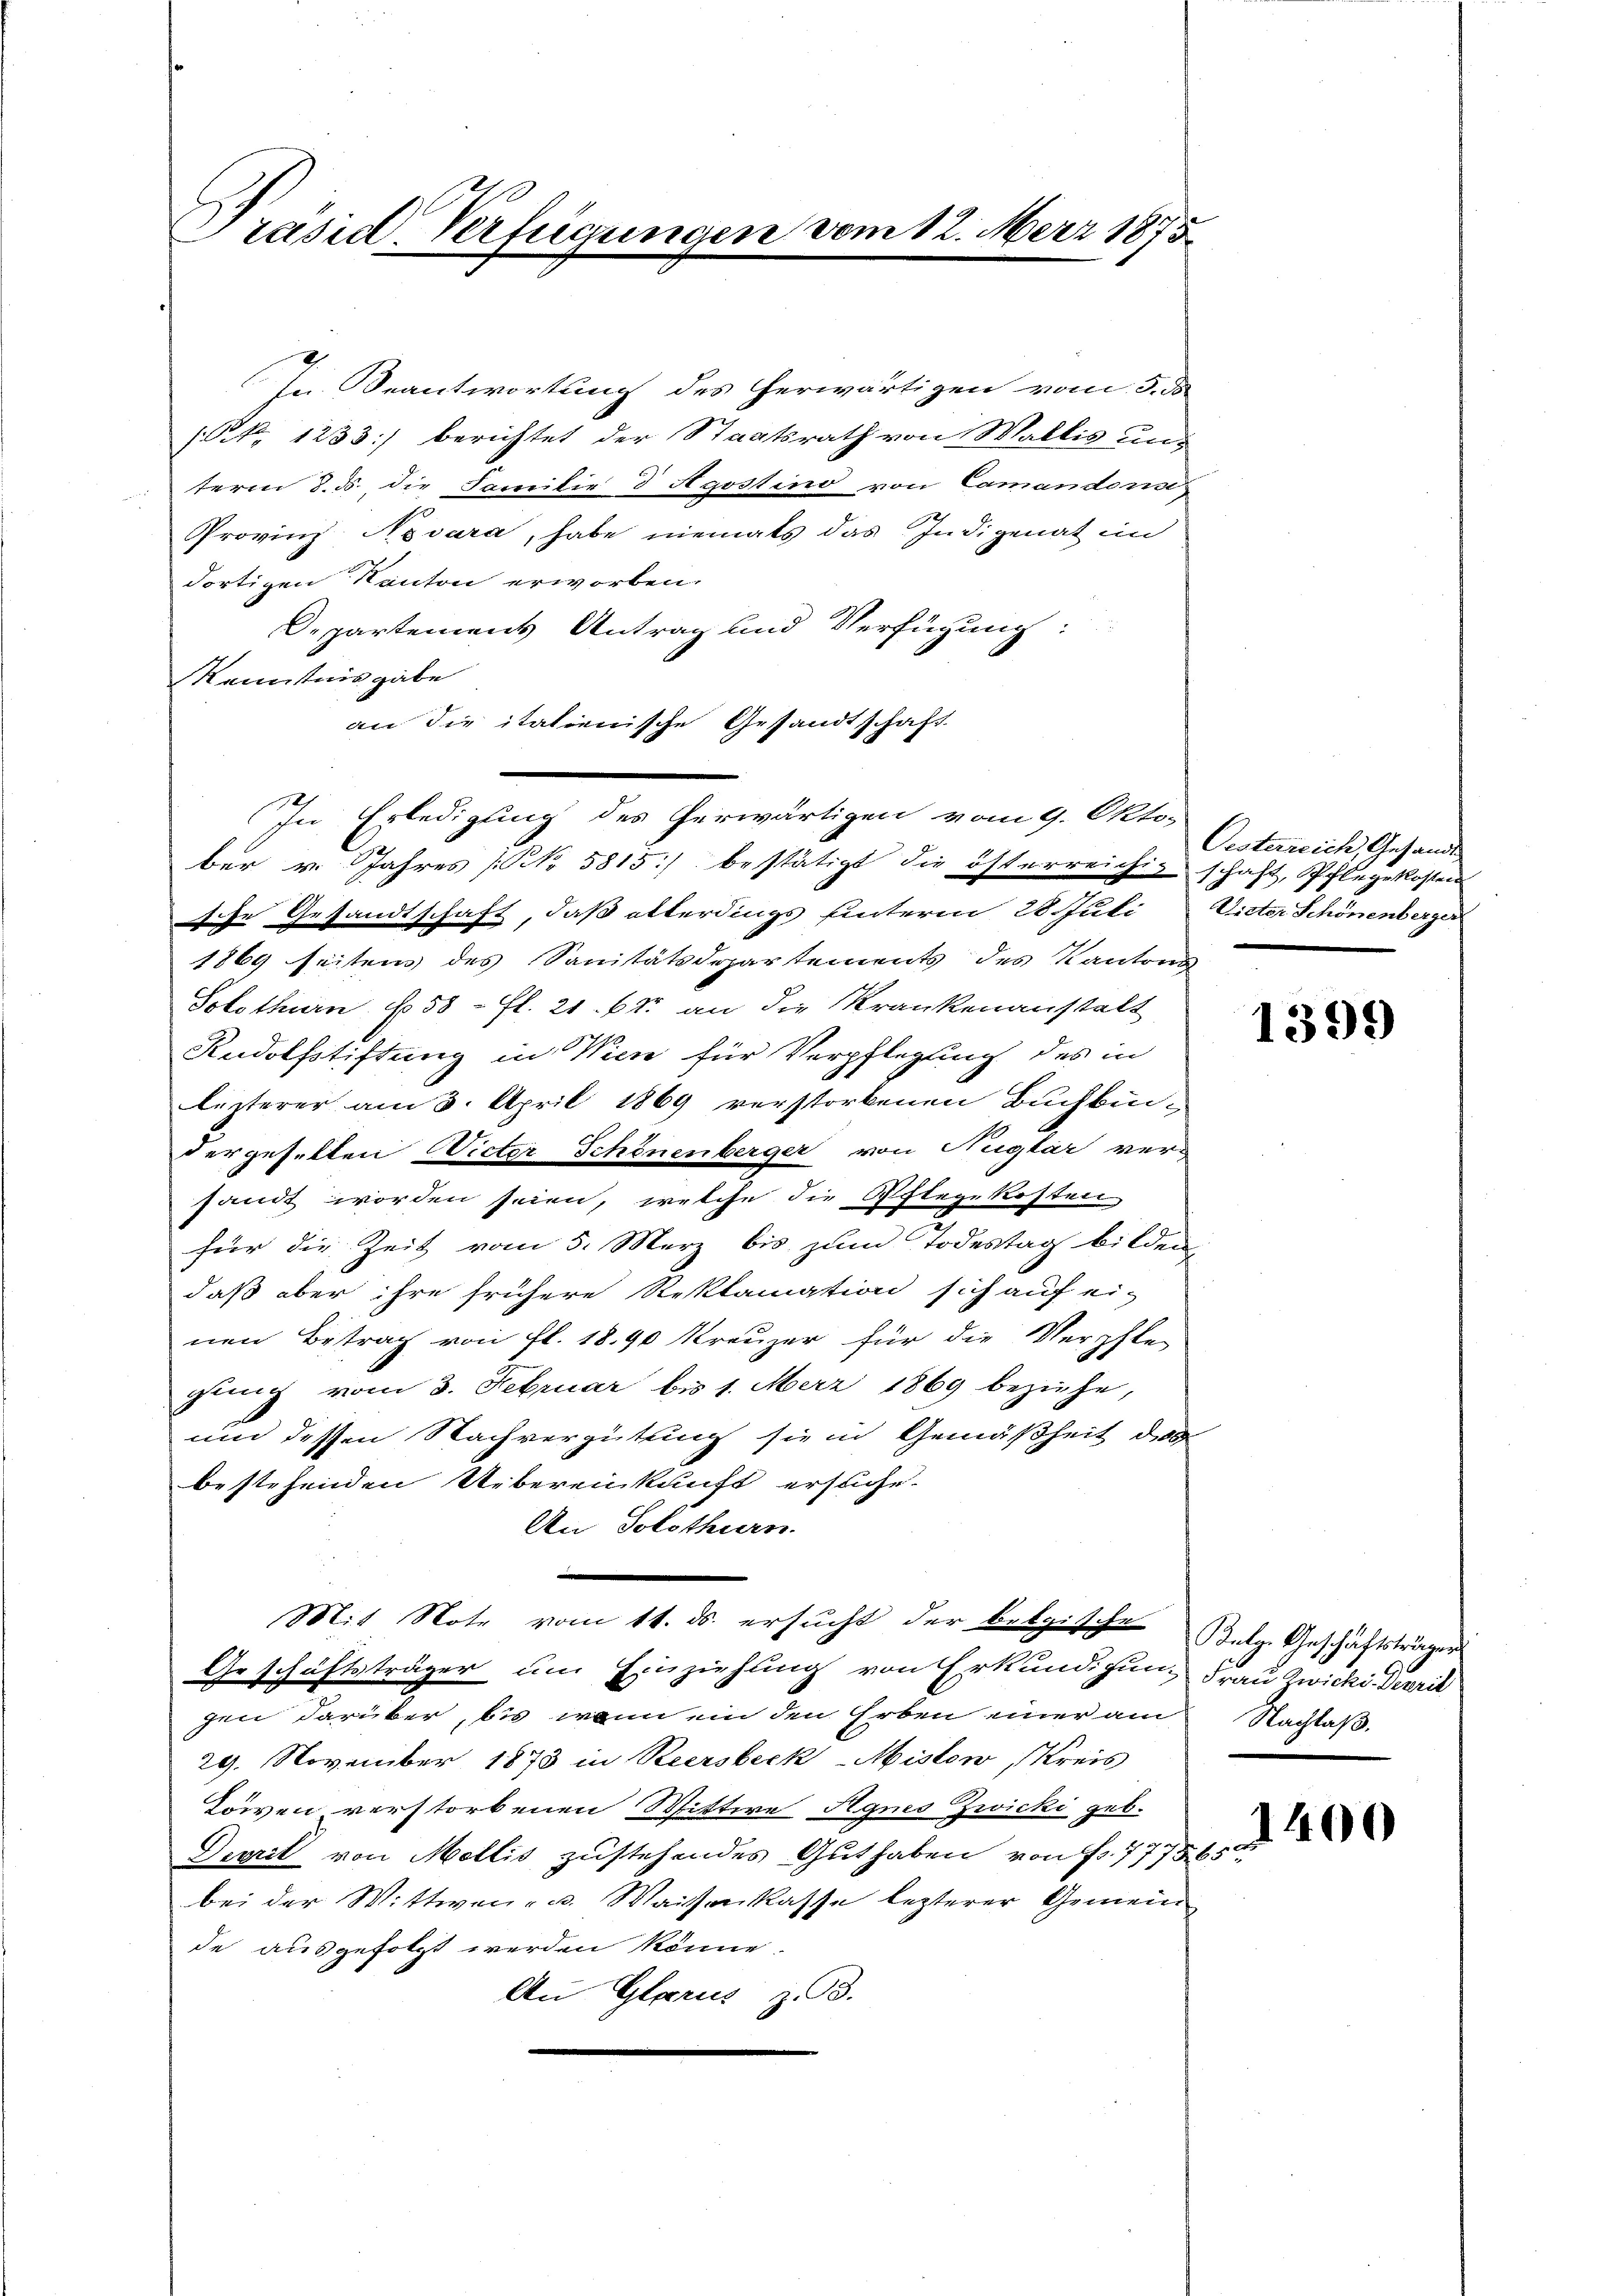
Präsid. Verfügungen vom 12. März 1875

In Beantwortung des herwärtigen vom 5. ds.
(NNo. 1233] berichtet der Staatsrath von Wallis unterm 8. ds., die Familie d Agostino von Camandones
Provinz Novara, habe niemals das Indigenat im
dortigen Kanton erworben.
Departements Antrag und Verfügung:
Kenntnis gabe
an die italienische Gesandtschaft.
In Erledigung des herwärtigen vom 9. Okto-
ber v. Jahres [No 5815) bestätigt die österreichig schaft, Pflegekosten
sche Gesandtschaft, daß allerdings hinterm 28. Juli
1869 seitens des Sanitätsdepartements des Kantons
Solothurn, No 58 - fl. 21. 65 an die Krankenanstalt
Rudolfstiftung in Wien für Verpflegung des in
lezterer am 3. April 1869 verstorbenen Buchbun-
der geselten Vieter Schönenberger von Nuglar ver-
sandt worden seien, welche die Pflegekosten
für die Zeit vom 5. März bis zum Todestag bilden,
daß aber ihre frühere Reklamation sich auf ei-
nen Betrag von fl. 1890 kreuzer für die Verpfle-
gung vom 3. Februar bis 1. Merz 1869 beziehe,
und dessen Nachvergütung sie in Gemäßheit des
bestehenden Uebereinkunft ersuche.
An Solothurn.
.
Mit Note vom 11. ds. ersucht der belgische Belg. Geschäftsträger
Geschäftsträger um Einziehung von Erkundigung Frau Zwicki. Derrit
gen darüber, bis wenn ein den Erben einer am Nachlaß
29. November 1873 in Heersbeck-Misten Kreis
Löwen verstorbenen Wittwe Agnes Zwicki geb.
Devril von Mellis zustehendes Guthaben von Fr. 777865
bei der Wittwen- u. Waisenkasse lezterer Gemein
de ausgefolgt werden könne.
An Glarus z. B.

Oesterreich, Gesandt
Wieter Schönenberger

1399

1400